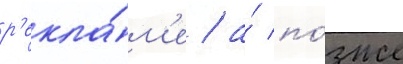
р'екла́м'е / а́ по́зже